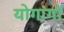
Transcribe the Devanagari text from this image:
योगांगों